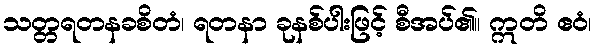
သတ္တရတနခစိတံ၊ ရတနာ ခုနစ်ပါးဖြင့် စီအပ်၏။ ဣတိ ဧဝံ၊